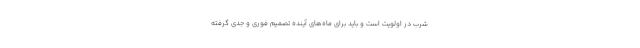
شرب در اولویت است و باید برای ماه‌های آینده تصمیم فوری و جدی گرفته